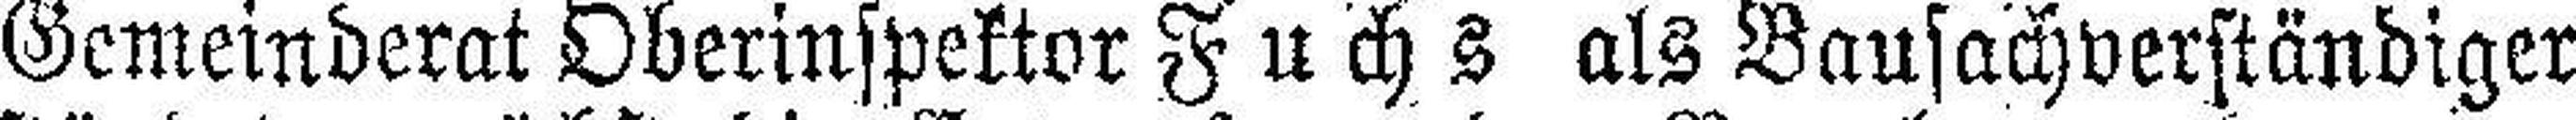
Gemeinderat Oberinspektor Fuchs als Bausachverständiger